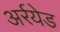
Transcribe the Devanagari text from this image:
अर्रयेड